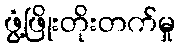
ဖွံ့ဖြိုးတိုးတက်မှု